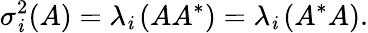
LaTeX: \sigma_{\mathit{i}}^{2}(A)=\lambda_{\mathit{i}}\left(AA^{*}\right)=\lambda_{\mathit{i}}\left(A^{*}A\right).